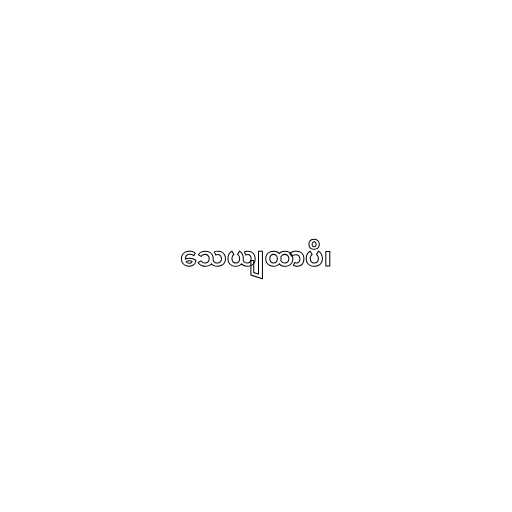
သေယျထာပိ၊